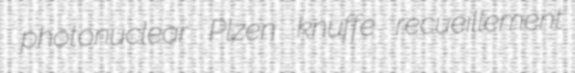
photonuclear Plzen knuffe recueillement